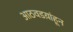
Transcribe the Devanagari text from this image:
आठवडय़ांहून